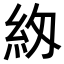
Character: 𮈅